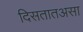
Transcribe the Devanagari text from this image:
दिसतातअसा